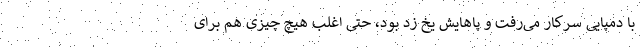
با دمپایی سرکار می‌رفت و پاهایش یخ زد بود، حتی اغلب هیچ چیزی هم برای